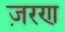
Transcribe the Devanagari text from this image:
ज़रण